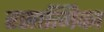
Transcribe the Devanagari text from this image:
रसात्मिका